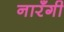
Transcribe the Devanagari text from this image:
नारँगी